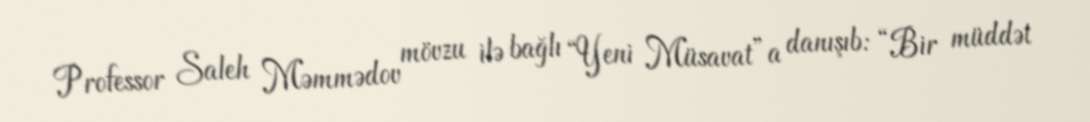
Professor Saleh Məmmədov mövzu ilə bağlı “Yeni Müsavat”a danışıb: “Bir müddət